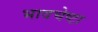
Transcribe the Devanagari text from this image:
भावचेष्टा